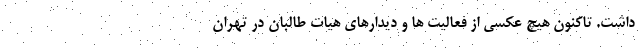
داشت. تاکنون هیچ عکسی از فعالیت ها و دیدارهای هیات طالبان در تهران